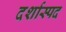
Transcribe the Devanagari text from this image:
दर्शास्पद